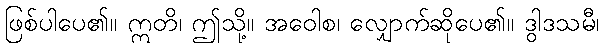
ဖြစ်ပါပေ၏။ ဣတိ၊ ဤသို့။ အဝေါစ၊ လျှောက်ဆိုပေ၏။ ဒွါဒသမီ၊